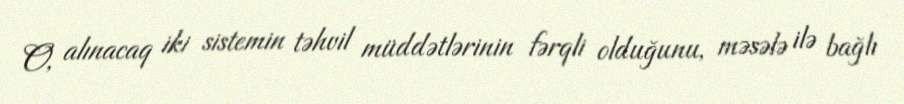
O, alınacaq iki sistemin təhvil müddətlərinin fərqli olduğunu, məsələ ilə bağlı